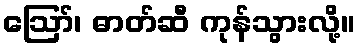
ဪ၊ ဓာတ်ဆီ ကုန်သွားလို့။